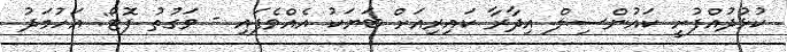
ކުޅުދުއްފުށީ ކައުންސިލް އިދާރާ ކައިރިއަށް ބަޔަކު އެއްވެފައި - ވަގުތު ފޮޓޯ: އަހުމަދު